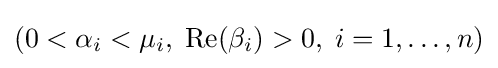
(0<\alpha _{i}<\mu _{i},\;\operatorname {Re} (\beta _{i})>0,\;i=1,\dots ,n)